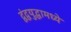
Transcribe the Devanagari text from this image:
द्वंद्वयुद्धामध्ये